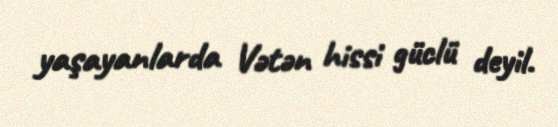
yaşayanlarda Vətən hissi güclü deyil.